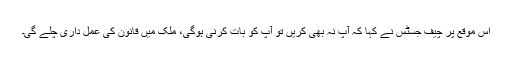
اس موقع پر چیف جسٹس نے کہا کہ آپ نہ بھی کریں تو آپ کو بات کرنی ہوگی، ملک میں قانون کی عمل داری چلے گی۔